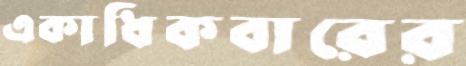
একাধিকবারের